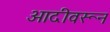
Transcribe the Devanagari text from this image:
आदीवरून